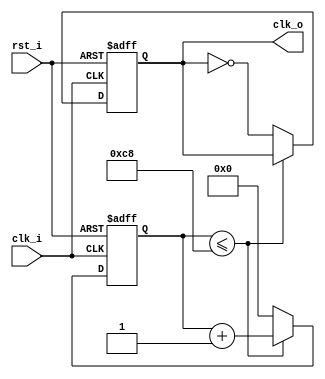
`timescale 1ns / 1ps
//////////////////////////////////////////////////////////////////////////////////
// Company: 
// Engineer: 
// 
// Design Name: 
// Module Name:    clk_manager 
// Project Name: 
// Target Devices: 
// Tool versions: 
// Description: 
//
// Dependencies: 
//
// Revision: 
// Revision 0.01 - File Created
// Additional Comments: 
//
//////////////////////////////////////////////////////////////////////////////////
module clk_manager(
			input clk_i,
			input rst_i,
			output reg clk_o
    );

parameter DIVIDED_BY =200;

	reg [31:0] count;
	
	always@(posedge (clk_i),negedge (rst_i)) begin
		if(!rst_i) begin
			clk_o<=1'b0;
			count<=32'b0;
		end
		else begin
			if(count<=DIVIDED_BY) begin
				count<=count+32'b1;
			end else begin
				clk_o<=!clk_o;
				count<=32'b0;
			end
		end
	end

endmodule